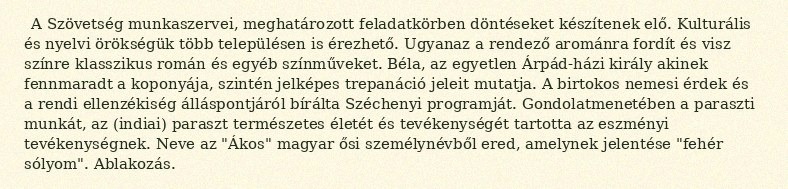
A Szövetség munkaszervei, meghatározott feladatkörben döntéseket készítenek elő. Kulturális és nyelvi örökségük több településen is érezhető. Ugyanaz a rendező arománra fordít és visz színre klasszikus román és egyéb színműveket. Béla, az egyetlen Árpád-házi király akinek fennmaradt a koponyája, szintén jelképes trepanáció jeleit mutatja. A birtokos nemesi érdek és a rendi ellenzékiség álláspontjáról bírálta Széchenyi programját. Gondolatmenetében a paraszti munkát, az (indiai) paraszt természetes életét és tevékenységét tartotta az eszményi tevékenységnek. Neve az "Ákos" magyar ősi személynévből ered, amelynek jelentése "fehér sólyom". Ablakozás.